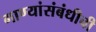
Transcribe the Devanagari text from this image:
गाण्यांसंबंधीची